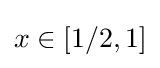
x\in [1/2,1]